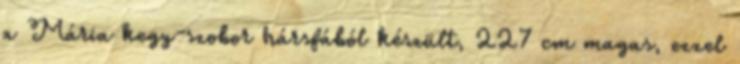
a Mária kegy-szobor hársfából készült, 227 cm magas, ezzel